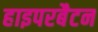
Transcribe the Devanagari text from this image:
हाइपरबैटन